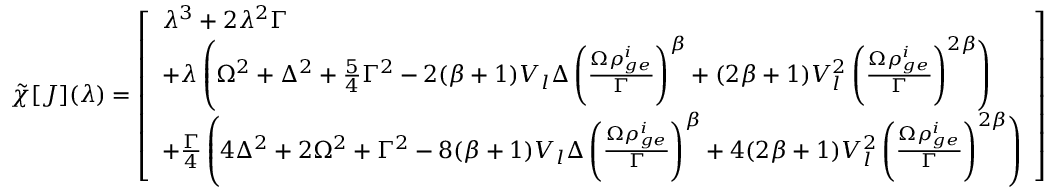
\tilde { \chi } [ J ] ( \lambda ) = \left[ \begin{array} { l } { \lambda ^ { 3 } + 2 \lambda ^ { 2 } \Gamma } \\ { + \lambda \left( \Omega ^ { 2 } + \Delta ^ { 2 } + \frac { 5 } { 4 } \Gamma ^ { 2 } - 2 ( \beta + 1 ) V _ { l } \Delta \left( \frac { \Omega \rho _ { g e } ^ { i } } { \Gamma } \right) ^ { \beta } + ( 2 \beta + 1 ) V _ { l } ^ { 2 } \left( \frac { \Omega \rho _ { g e } ^ { i } } { \Gamma } \right) ^ { 2 \beta } \right) } \\ { + \frac { \Gamma } { 4 } \left( 4 \Delta ^ { 2 } + 2 \Omega ^ { 2 } + \Gamma ^ { 2 } - 8 ( \beta + 1 ) V _ { l } \Delta \left( \frac { \Omega \rho _ { g e } ^ { i } } { \Gamma } \right) ^ { \beta } + 4 ( 2 \beta + 1 ) V _ { l } ^ { 2 } \left( \frac { \Omega \rho _ { g e } ^ { i } } { \Gamma } \right) ^ { 2 \beta } \right) } \end{array} \right]